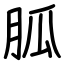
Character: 胍